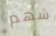
شهم